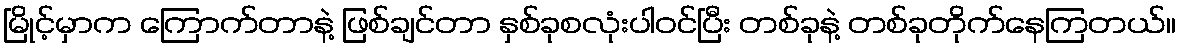
မြိုင့်မှာက ကြောက်တာနဲ့ ဖြစ်ချင်တာ နှစ်ခုစလုံးပါဝင်ပြီး တစ်ခုနဲ့ တစ်ခုတိုက်နေကြတယ်။